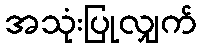
အသုံးပြုလျှက်